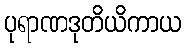
ပုရာဏဒုတိယိကာယ